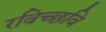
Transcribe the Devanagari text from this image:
रविच्छवि